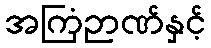
အကြံဉာဏ်နှင့်